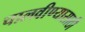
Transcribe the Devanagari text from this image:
चालवीण्यासाठी